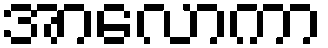
အာလောကာ